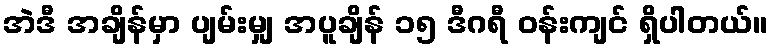
အဲဒီ အချိန်မှာ ပျမ်းမျှ အပူချိန် ၁၅ ဒီဂရီ ဝန်းကျင် ရှိပါတယ်။